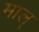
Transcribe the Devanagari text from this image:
माल्